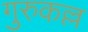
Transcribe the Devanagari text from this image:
गुरुकल्ल